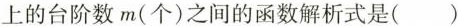
上的台阶数m(个)之间的函数解析式是()